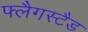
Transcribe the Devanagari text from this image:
फ्लैगस्टैड